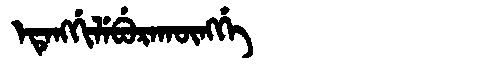
Manchu: ᡝᡨᡝᠩᡤᡳᠯᡝᠪᡠᡵᠠᡴᡡᠩᡤᡝ
Romanization: ETENGGILEBURAKŪNGGE